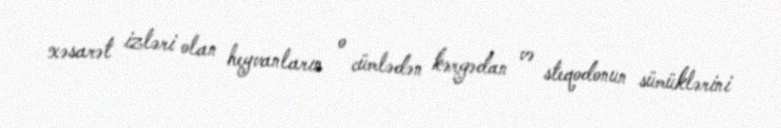
xəsarət izləri olan heyvanların o cümlədən kərgədan və steqodonun sümüklərini